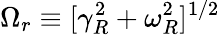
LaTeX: \Omega_{r}\equiv[\gamma_{R}^{2}+\omega_{R}^{2}]^{1/2}